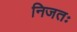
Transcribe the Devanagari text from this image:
निजतः